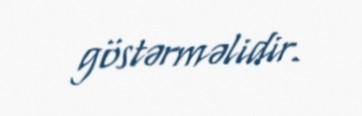
göstərməlidir.